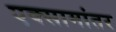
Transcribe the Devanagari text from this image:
एक्सामांतर